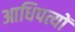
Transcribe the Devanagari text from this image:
आधिपत्यों